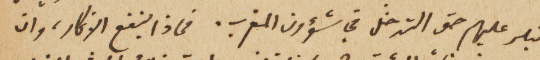
ينكر عليهم حق التدخل في شؤون المغرب. فماذا ينفع الانكار، وان